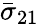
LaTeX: \bar{\sigma}_{21}